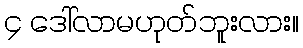
၄ ဒေါ်လာမဟုတ်ဘူးလား။